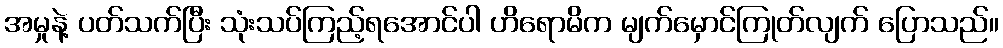
အမှုနဲ့ ပတ်သက်ပြီး သုံးသပ်ကြည့်ရအောင်ပါ ဟိရောမိက မျက်မှောင်ကြုတ်လျက် ပြောသည်။